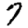
Digit: 7